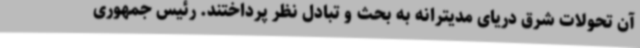
آن تحولات شرق دریای مدیترانه به بحث و تبادل نظر پرداختند. رئیس جمهوری